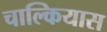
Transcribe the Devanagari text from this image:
चाल्कियास